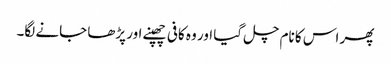
پھر اس کا نام چل گیا اور وہ کافی چھپنے اور پڑھا جانے لگا۔